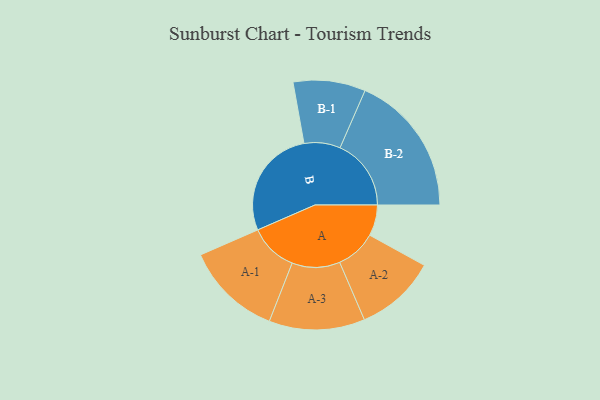
{"axis": {"x": "Segment", "y": "Value"}, "legend": ["", "A", "B"], "data": [{"x": "A", "y": 100, "type": ""}, {"x": "B", "y": 358, "type": ""}, {"x": "A-1", "y": 156, "type": "A"}, {"x": "A-2", "y": 131, "type": "A"}, {"x": "A-3", "y": 155, "type": "A"}, {"x": "B-1", "y": 117, "type": "B"}, {"x": "B-2", "y": 230, "type": "B"}]}